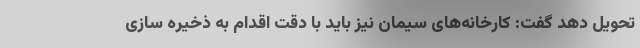
تحویل دهد گفت: کارخانه‌های سیمان نیز باید با دقت اقدام به ذخیره سازی